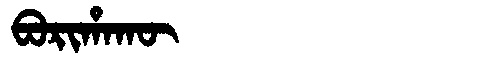
Manchu: ᠪᠣᡵᡳᡥᠠᡴᡡ
Romanization: BORIHAKŪ